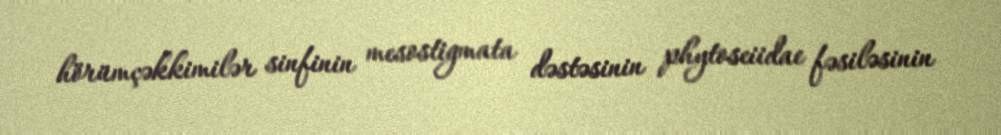
hörümçəkkimilər sinfinin mesostigmata dəstəsinin phytoseiidae fəsiləsinin